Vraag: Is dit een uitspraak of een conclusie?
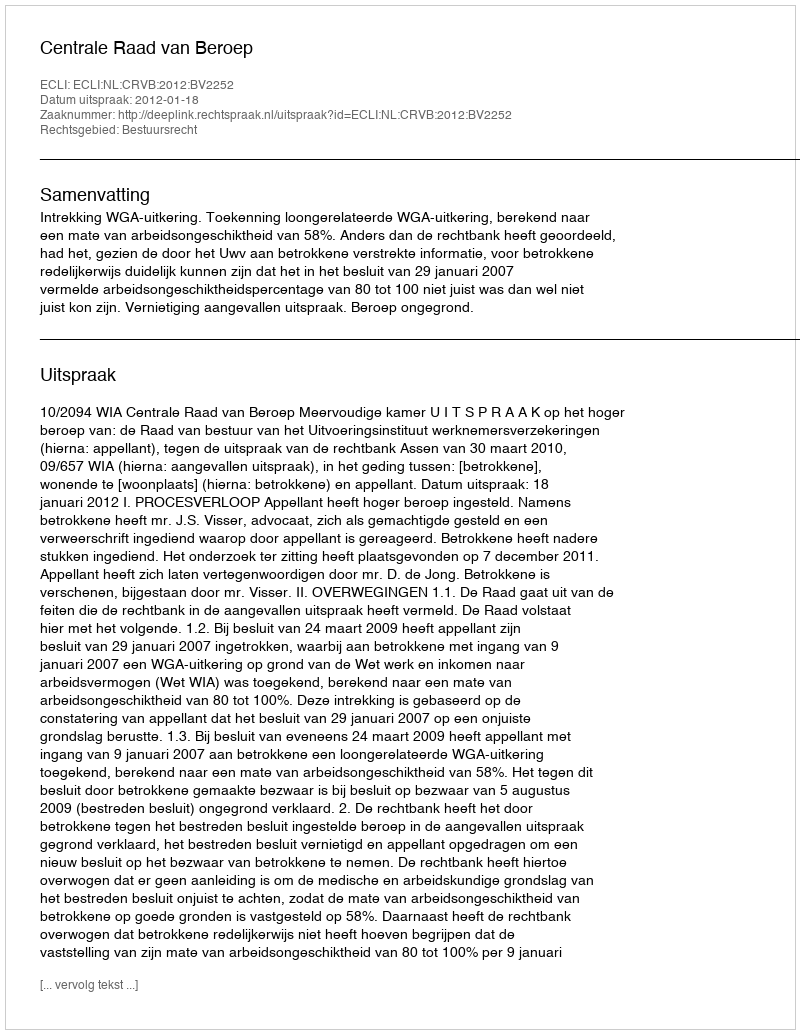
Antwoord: Uitspraak